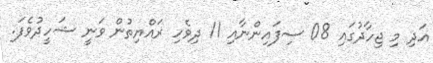
އަދި މި ޖިހާދުގައި 08 ސިފައިންނާއި 11 ދިވެހި ރައްޔިތުން ވަނީ ޝަހީދުވެފަ.